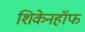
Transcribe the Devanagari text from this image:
शिकेनहॉफ